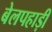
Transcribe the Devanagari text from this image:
बेलपहाड़ी